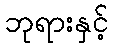
ဘုရားနှင့်